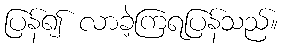
ပြန်၍ လာခဲ့ကြရပြန်သည်။